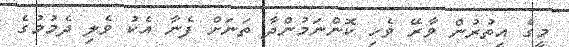
މީގެ އިތުރުން ވާރޭ ވެހި ކޮންނަމުންދާ ތަނަށް ފެނާ އެކު ވެލި ދެމުމުގެ